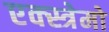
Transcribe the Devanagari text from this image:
एक्स्त्रेमो